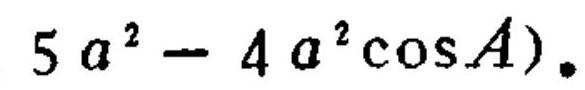
\(5a^{2}-4a^{2}\cos A)\)